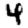
Digit: 4